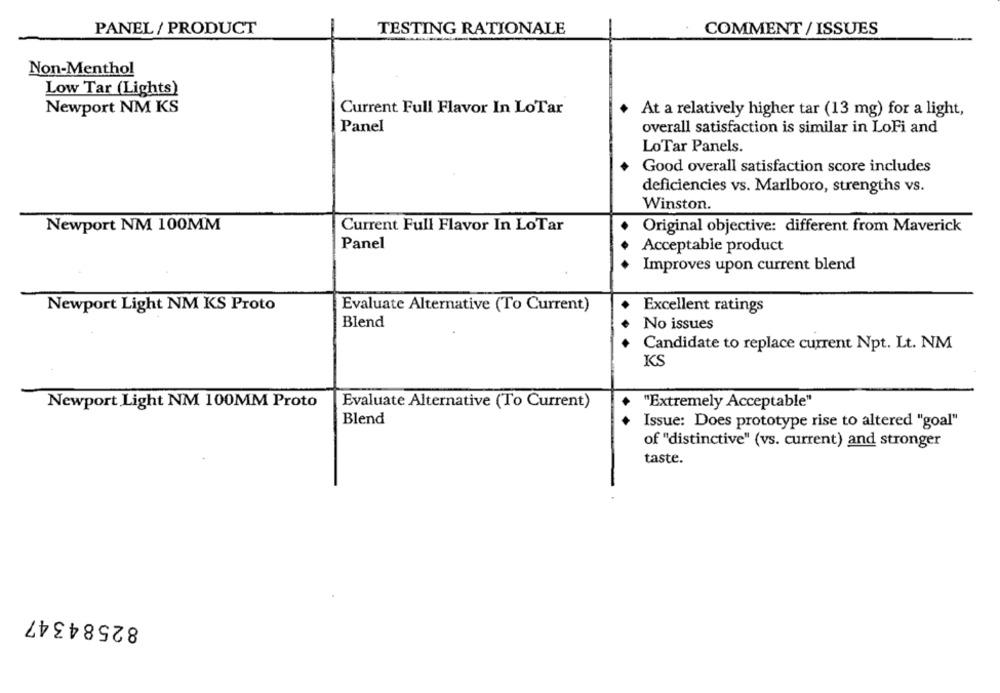
PANEL / PRODUCT
TESTING RATIONALE
COMMENT / ISSUES
Non-Menthol
Low Tar (Lights)
Newport NM KS
Current Full Flavor In LoTar
At a relatively higher tar (13 mg) for a light,
Panel
overall satisfaction is similar in LoFi and
LoTar Panels.
Good overall satisfaction score includes
deficiencies vs. Marlboro, strengths vs.
Winston.
Newport NM 100MM
Current Full Flavor In LoTar
Original objective: different from Maverick
Panel
Acceptable product
Improves upon current blend
Newport Light NM KS Proto
Evaluate Alternative (To Current)
Excellent ratings
Blend
..
No issues
Candidate to replace current Npt. Lt. NM
KS
Newport Light NM 100MM Proto
Evaluate Alternative (To Current)
"Extremely Acceptable"
Blend
Issue: Does prototype rise to altered "goal"
of "distinctive" (vs. current) and stronger
taste.
82584347